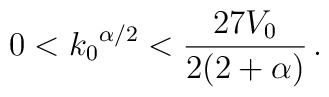
0 < {k_0}^{\alpha/2} < \frac{27V_0}{2(2 + \alpha)} \,.